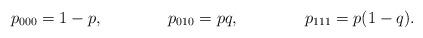
LaTeX: \begin{align*}p_{000}&=1-p,&p_{010}&=pq,&p_{111}&=p(1-q).\end{align*}